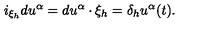
i _ { \xi _ { h } } d u ^ { \alpha } = d u ^ { \alpha } \cdot \xi _ { h } = \delta _ { h } u ^ { \alpha } ( t ) .